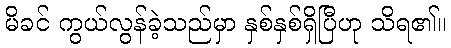
မိခင် ကွယ်လွန်ခဲ့သည်မှာ နှစ်နှစ်ရှိပြီဟု သိရ၏။